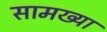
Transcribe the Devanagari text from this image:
सामख्या